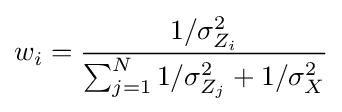
w_{i}={\frac {1/\sigma _{Z_{i}}^{2}}{\sum _{j=1}^{N}1/\sigma _{Z_{j}}^{2}+1/\sigma _{X}^{2}}}